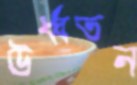
উর্ধ্বতন